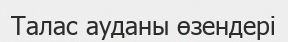
Талас ауданы өзендері